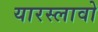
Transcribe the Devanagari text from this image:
यारस्लावो